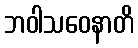
ဘဝါသဝေနာတိ